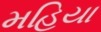
મહિયા